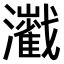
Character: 𤄔